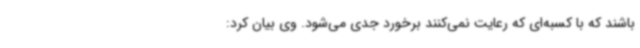
باشند که با کسبه‌ای که رعایت نمی‌کنند برخورد جدی می‌شود. وی بیان کرد: